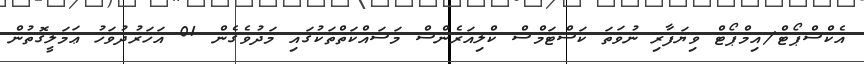
އެކްސްޕޯޓް/އިމްޕޯޓް ވިޔަފާރި ނުވަތަ ކަސްޓަމްސް ކްލިއަރެންސް މަސައްކަތްތަކުގައި މަދުވެގެން 01 އަހަރުދުވަހު ޢަމަލީގޮތުން